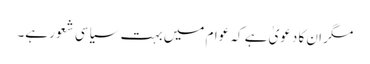
مگر ان کا دعویٰ ہے کہ عوام میں بہت سیاسی شعور ہے۔